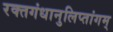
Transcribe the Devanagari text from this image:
रक्तगंधानुलिप्तांगम्